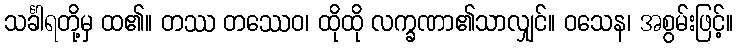
သင်္ခါရတို့မှ ထ၏။ တဿ တဿေဝ၊ ထိုထို လက္ခဏာ၏သာလျှင်။ ဝသေန၊ အစွမ်းဖြင့်။